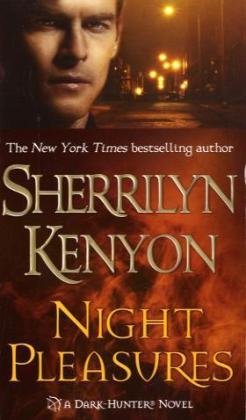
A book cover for Night Pleasures (Dark-Hunter, Book 2); Sherrilyn Kenyon; Romance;